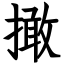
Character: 撖